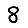
Digit: 8